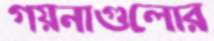
গয়নাগুলোর